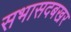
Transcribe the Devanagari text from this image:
सभासदबखर